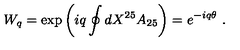
W _ { q } = \exp \left( i q \oint d X ^ { 2 5 } A _ { 2 5 } \right) = e ^ { - i q \theta } \ . \nonumber